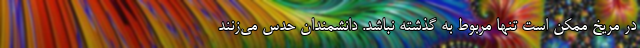
در مریخ ممکن است تنها مربوط به گذشته نباشد. دانشمندان حدس می‌زنند